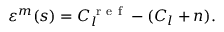
\varepsilon ^ { m } ( s ) = C _ { l } ^ { \mathrm { ~ r ~ e ~ f ~ } } - ( C _ { l } + n ) .